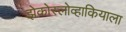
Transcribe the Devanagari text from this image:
झेकोस्लोव्हाकियाला